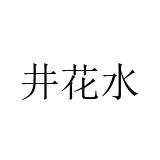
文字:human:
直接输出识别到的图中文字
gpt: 井花水